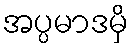
အပ္ပမာဒမှိ